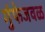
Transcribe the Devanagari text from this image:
गुंफेजवळ